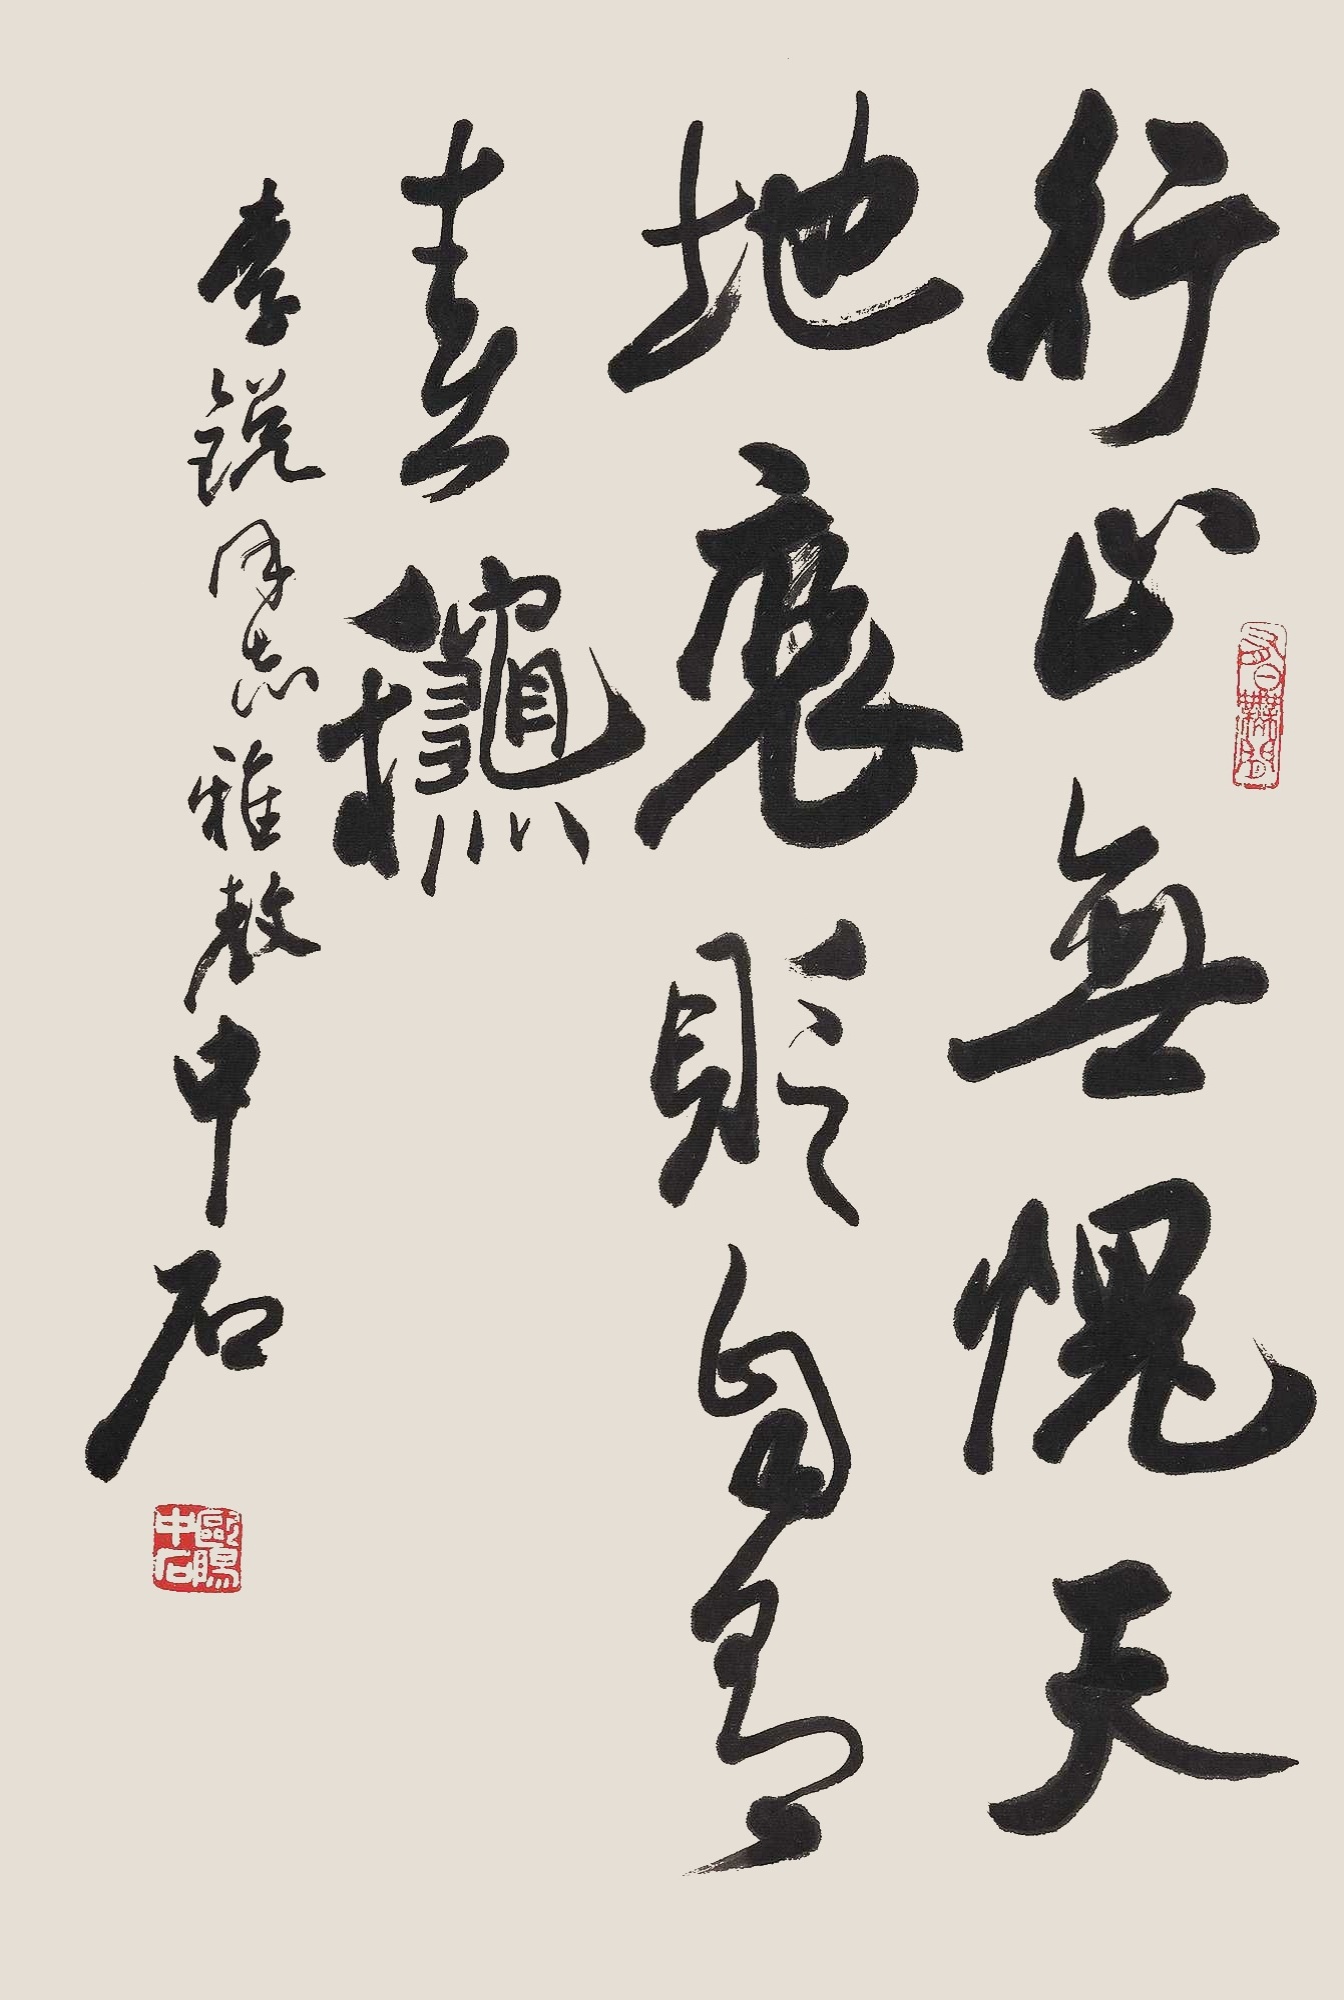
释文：行正无愧天地，褒贬自有春秋。李锐同志雅教，中石。